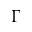
\Gamma